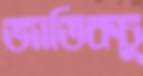
জাতিকচু